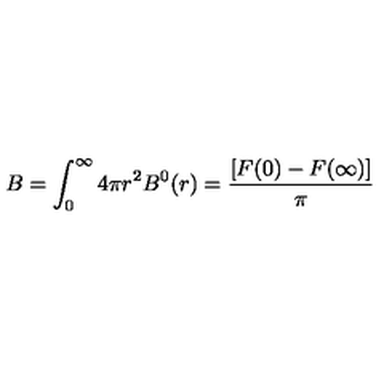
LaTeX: B = \int _ { 0 } ^ { \infty } 4 \pi r ^ { 2 } B ^ { 0 } ( r ) = \frac { [ F ( 0 ) - F ( \infty ) ] } { \pi }